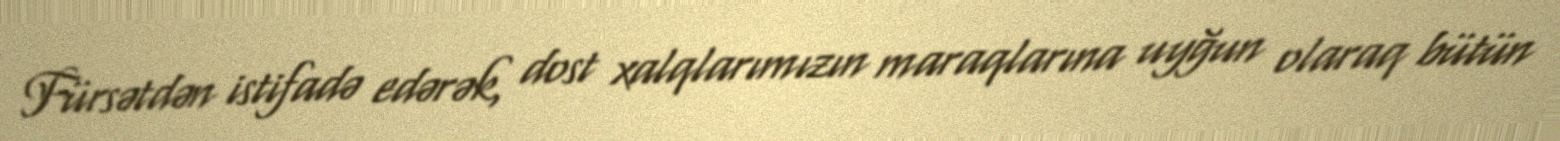
Fürsətdən istifadə edərək, dost xalqlarımızın maraqlarına uyğun olaraq bütün